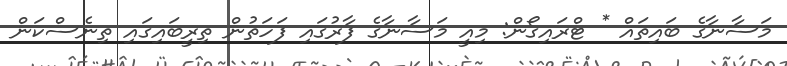
މަސާނާގެ ބައިތައް * ޓްރައިގޯން: މިއީ މަސާނާގެ ފާރުގައި ފަހަތުން ތިރީބައިގައި ތިނެސްކަން